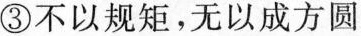
③不以规矩，无以成方圆